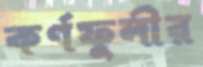
কর্ণফুলীর